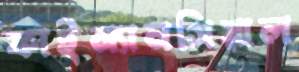
ফাইন্যানসিয়াল